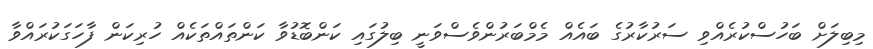
މިބިލަށް ބަހުސްކުރެއްވި ސަރުކާރުގެ ބައެއް މެމްބަރުންވެސްވަނީ ބިލުގައި ކަންބޮޑުވާ ކަންތައްތަކެއް ހުރިކަން ފާހަގަކުރައްވާ